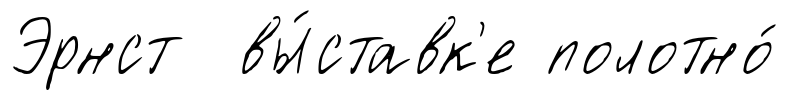
Эрнст вы́ставк'е полотно́